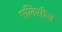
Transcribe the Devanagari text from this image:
एलिसीज़